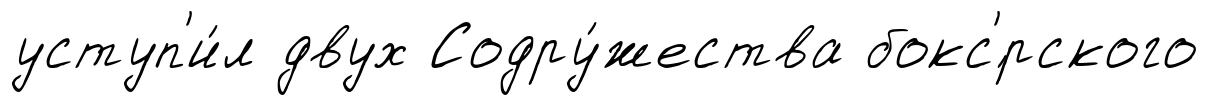
уступ'и́л двух Содру́жества бокс'́рского